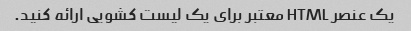
یک عنصر HTML معتبر برای یک لیست کشویی ارائه کنید.